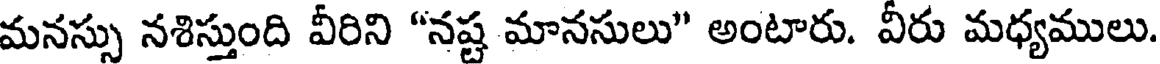
మనస్సు నశిస్తుంది వీరిని "నష్ట మానసులు" అంటారు. వీరు మధ్యములు